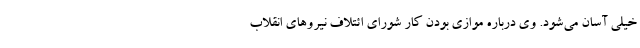
خیلی آسان می‌شود. وی درباره موازی بودن کار شورای ائتلاف نیروهای انقلاب